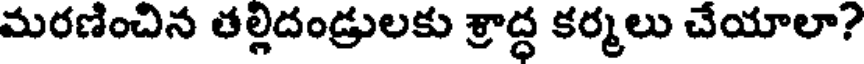
మరణించిన తల్లిదండ్రులకు శ్రాద్ధ కర్మలు చేయాలా?